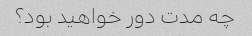
چه مدت دور خواهید بود؟